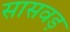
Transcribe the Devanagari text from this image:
सासवड़